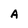
Character: A